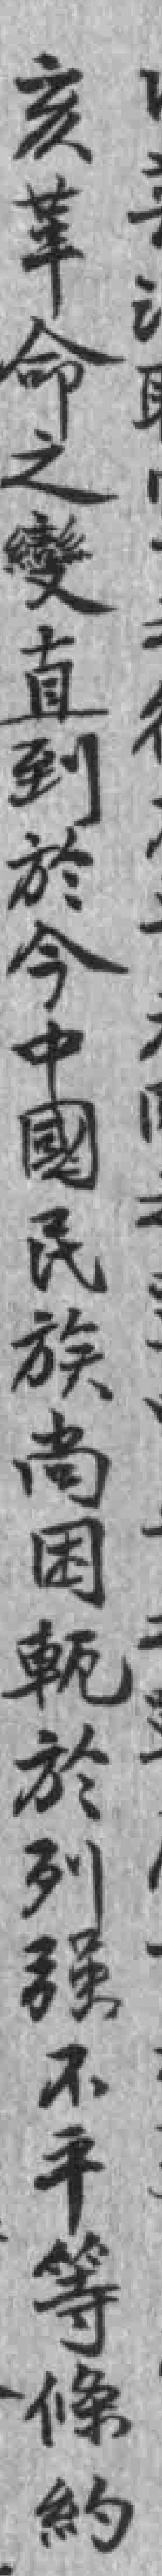
亥革命之變直到於今中國民族尚因軌於列强不平等條約